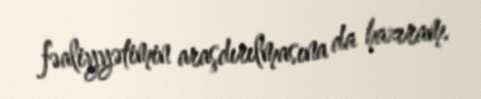
fəaliyyətimin araşdırılmasına da hazıram.